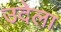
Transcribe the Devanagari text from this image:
उदेला